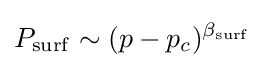
P_{\mathrm {surf} }\sim (p-p_{c})^{\beta _{\mathrm {surf} }}\,\!